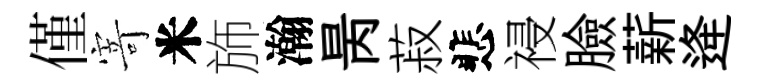
僅𭔃米斾瀚昺菽悲祲臉薪逄